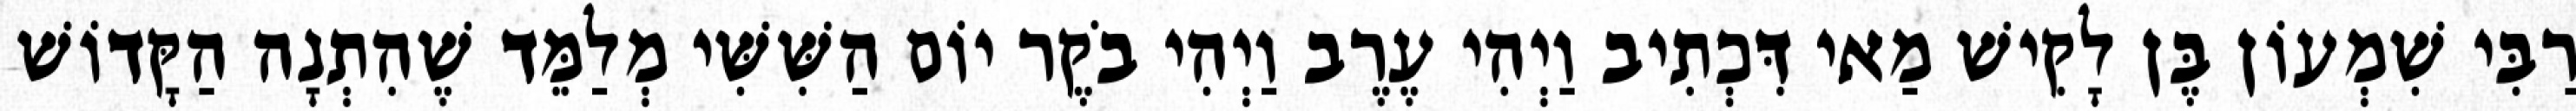
רַבִּי שִׁמְעוֹן בֶּן לָקִישׁ מַאי דִּכְתִיב וַיְהִי עֶרֶב וַיְהִי בֹקֶר יוֹם הַשִּׁשִּׁי מְלַמֵּד שֶׁהִתְנָה הַקָּדוֹשׁ